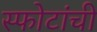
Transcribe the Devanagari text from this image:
स्फोटांची